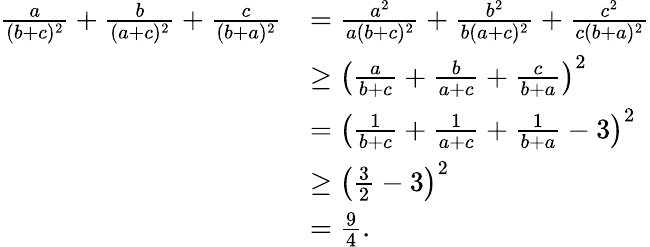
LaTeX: \begin{array}{rl}{\frac{a}{(b+c)^{2}}+\frac{b}{(a+c)^{2}}+\frac{c}{(b+a)^{2}}}&{=\frac{a^{2}}{a(b+c)^{2}}+\frac{b^{2}}{b(a+c)^{2}}+\frac{c^{2}}{c(b+a)^{2}}}\\ &{\ge\left(\frac{a}{b+c}+\frac{b}{a+c}+\frac{c}{b+a}\right)^{2}}\\ &{=\left(\frac{1}{b+c}+\frac{1}{a+c}+\frac{1}{b+a}-3\right)^{2}}\\ &{\ge\left(\frac{3}{2}-3\right)^{2}}\\ &{=\frac{9}{4}.}\end{array}